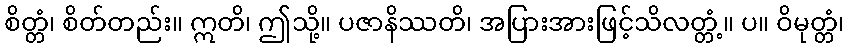
စိတ္တံ၊ စိတ်တည်း။ ဣတိ၊ ဤသို့။ ပဇာနိဿတိ၊ အပြားအားဖြင့်သိလတ္တံ့။ ပ။ ဝိမုတ္တံ၊